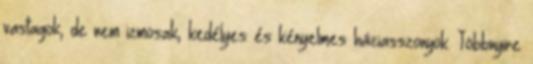
vastagok, de nem izmosak, kedélyes és kényelmes háziasszonyok. Többnyire